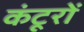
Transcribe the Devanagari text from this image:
कंटूरों